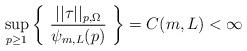
LaTeX: \begin{align*} \sup_{p \ge 1} \left\{ \ \frac{||\tau||_{p,\Omega}}{\psi_{m,L}(p)} \ \right\} = C(m,L) < \infty\end{align*}